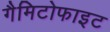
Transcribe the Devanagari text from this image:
गैमिटोफाइट